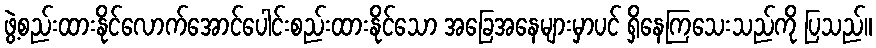
ဖွဲ့စည်းထားနိုင်လောက်အောင်ပေါင်းစည်းထားနိုင်သော အခြေအနေများမှာပင် ရှိနေကြသေးသည်ကို ပြသည်။